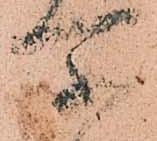
所